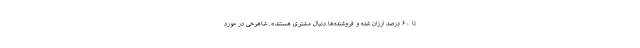
تا ۶۰ درصد ارزان شده و فروشنده‌ها دنبال مشتری هستند». شاهرخی در مورد